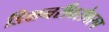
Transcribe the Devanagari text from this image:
डिक्षनरीबरोबरच